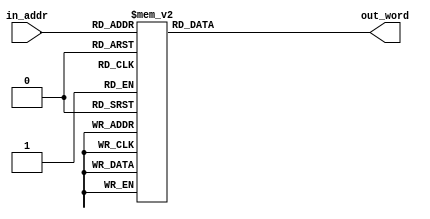
module circl_s(
        input  wire [4:0] in_addr,
        output reg  [4:0] out_word
       );

always @*
 case( in_addr )
  5'h00: out_word = 5'h00;
  5'h01: out_word = 5'h05;
  5'h02: out_word = 5'h09;
  5'h03: out_word = 5'h0B;
  5'h04: out_word = 5'h0D;
  5'h05: out_word = 5'h0F;
  5'h06: out_word = 5'h10;
  5'h07: out_word = 5'h12;
  5'h08: out_word = 5'h13;
  5'h09: out_word = 5'h14;
  5'h0A: out_word = 5'h15;
  5'h0B: out_word = 5'h16;
  5'h0C: out_word = 5'h17;
  5'h0D: out_word = 5'h17;
  5'h0E: out_word = 5'h18;
  5'h0F: out_word = 5'h19;
  5'h10: out_word = 5'h19;
  5'h11: out_word = 5'h1A;
  5'h12: out_word = 5'h1A;
  5'h13: out_word = 5'h1B;
  5'h14: out_word = 5'h1B;
  5'h15: out_word = 5'h1C;
  5'h16: out_word = 5'h1C;
  5'h17: out_word = 5'h1C;
  5'h18: out_word = 5'h1C;
  5'h19: out_word = 5'h1D;
  5'h1A: out_word = 5'h1D;
  5'h1B: out_word = 5'h1D;
  5'h1C: out_word = 5'h1D;
  5'h1D: out_word = 5'h1D;
  5'h1E: out_word = 5'h1D;
  5'h1F: out_word = 5'h00;
 endcase

endmodule